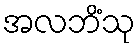
အလဘိံသု